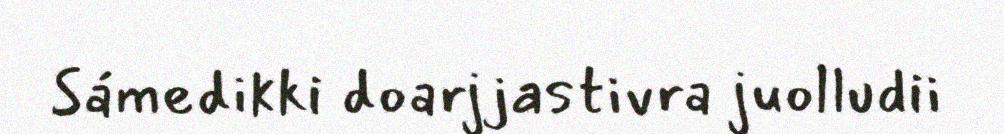
Sámedikki doarjjastivra juolludii